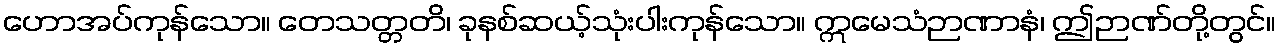
ဟောအပ်ကုန်သော။ တေသတ္တတိ၊ ခုနစ်ဆယ့်သုံးပါးကုန်သော။ ဣမေသံဉာဏာနံ၊ ဤဉာဏ်တို့တွင်။